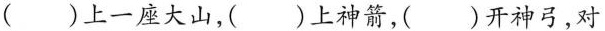
()上一座大山，()上神箭，()开神弓，对